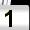
Digit: 1